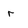
Character: r